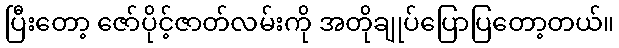
ပြီးတော့ ဇော်ပိုင့်ဇာတ်လမ်းကို အတိုချုပ်ပြောပြတော့တယ်။